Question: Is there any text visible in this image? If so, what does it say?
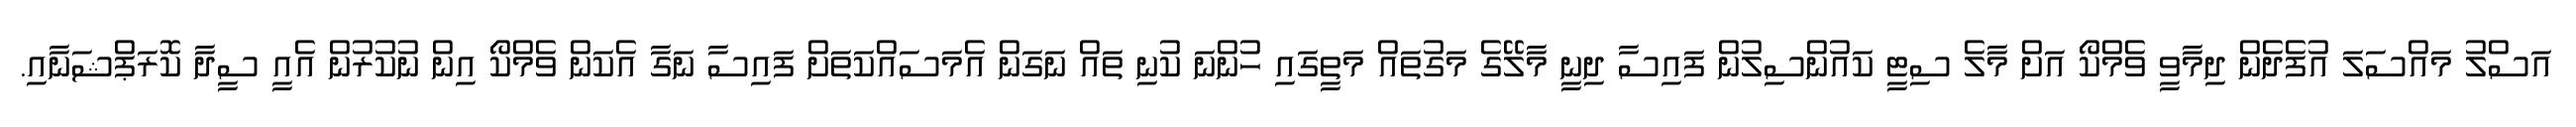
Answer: އަސްލު މައްސަލަ އުފެދެން ދިމާވީ ވެމްކޯ އަށް މާލެ ސިޓީ ކައުންސިލުން ފައިސާ ދިނީ މާލޭގެ މަގުތައް މަތީގައި ހުންނަ ކުނި ތައް ނަގަން އެމަސައްކަތަށް ފައިސާ ނަގާ އެކަން ވެމްކޯ އިން ނުކުރުން އެއީ ސީދާ ކޮރަޕްޝަނާއި.